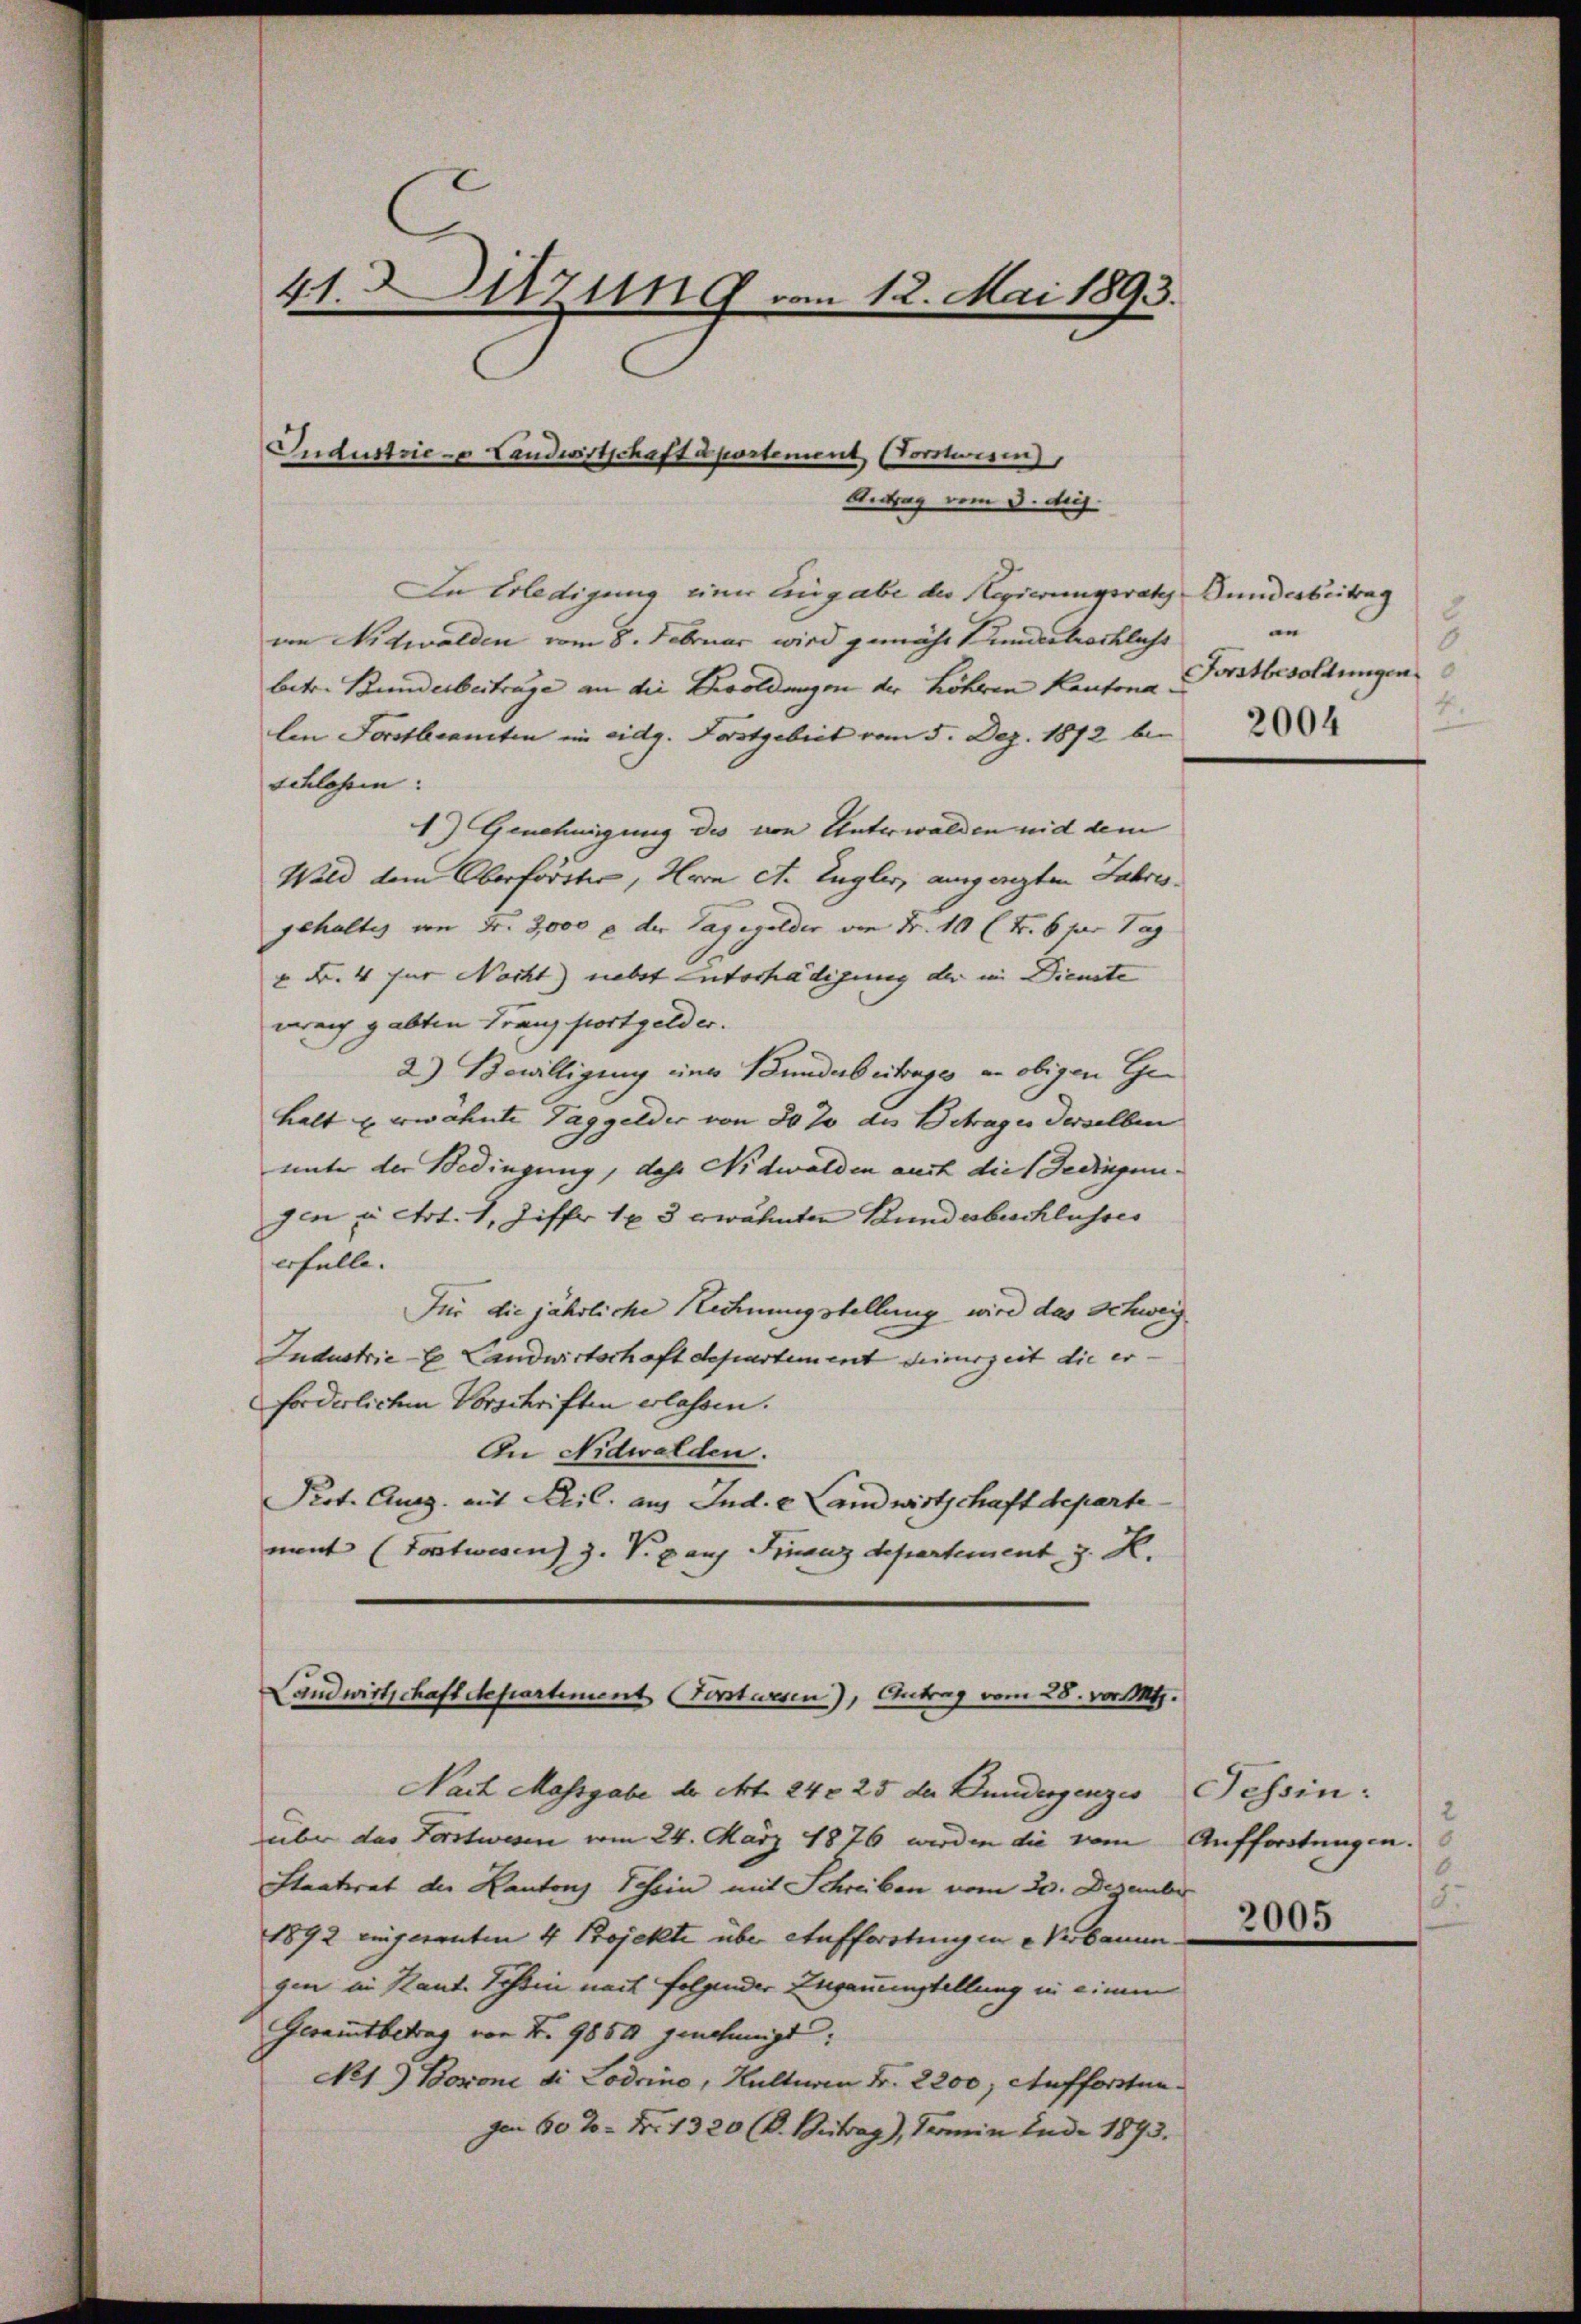
41. Dazung vom 12. Mai 1893.
Industrie - Landwirtschaft apostement, (Vorstwesen,
Antrag vom 3. dej.

In Erledigung einer Eingabe der Regierungsrath Bundesbeitrag
an Nidwalden vom 8. Februar wird gemäht Kundestocklichs
betr. Bunderbeitrage an die Besoldungen der höheren Kantona
len Forstbeamten im eidg. Forstgebiet vom 5. Dez. 1872 bei
schlossen:
1.) Genehmigung des von Unterwalden nid dem
Wild dem Oberförster, Horn et. Engler, ausgeregten Jahres
gehaltes von Fr. 2,000 f der Taggelder von Fr. 10 l. Fr. 6 für Tag
" Fr. 4 für Nacht) nebst entschädigung der in Dienste
nreich gabten Franz fortgelder.
2.) Bewilligung einer Bunderbeitrages an obigen Ge
halt u. erwähnte Taggelder von 30 20 des Betrages derselben
unter der Bedingung, das Nidwalden auch die Bedingungen u. crt. 1, Ziffer 183 erwähnten Bundesbeschlusses
erfülle.
Für die jährliche Rechnungstellung wird das Schweiz
Industrieb. Landwirtschaft departement deinerzeit die er
forderlichen Vorschriften erlassen.
In Nidwalden.
Prot. Ausg. mit Feil. aus Ind. - Landwirtschaft departe
ment (Fortwesen) Z. V. g auf Finanzdepartement z. K.

über das Forstwesen vom 24. März 1876 werden die vom Aufforstungen.
Staatsrat die Kantons Schein mit Schreiben vom 20. Dezember
1892 eingerenten 4 Projekte über Aufforstingen Verbauun
gen in Kant. Tessin nach folgender Zuganenstellung in einem
Gesamtbetrag von Nr. 9850 genehmigt:
No1. Borone di Lodrino, Hulturen Fr. 2200; Aufforsten¬
Ien 60 %. N. 1320 (C. Beitrag), Termin Ende 1893.

Landwirtschaft Separtement (Forstwesen), Antrag vom 28. vor. Mts.
Nach Massgabe der Art. 242 25 der Bundergenzes Tessin:

2.
n
8
Fortbesoldungen
4.
2004

2
1
2
2005